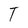
Character: T